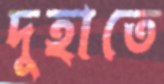
দুহাতে